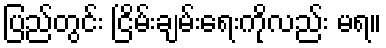
ပြည်တွင်း ငြိမ်းချမ်းရေးကိုလည်း မရ။